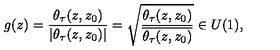
g ( z ) = \frac { \theta _ { \tau } ( z , z _ { 0 } ) } { | \theta _ { \tau } ( z , z _ { 0 } ) | } = \sqrt { \frac { \theta _ { \tau } ( z , z _ { 0 } ) } { \overline { { \theta _ { \tau } ( z , z _ { 0 } ) } } } } \in U ( 1 ) ,